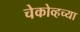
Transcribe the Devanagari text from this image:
चेकोव्हच्या